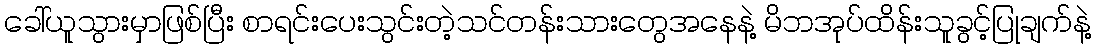
ခေါ်ယူသွားမှာဖြစ်ပြီး စာရင်းပေးသွင်းတဲ့သင်တန်းသားတွေအနေနဲ့ မိဘအုပ်ထိန်းသူခွင့်ပြုချက်နဲ့